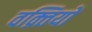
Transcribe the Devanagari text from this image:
वक़्तियों